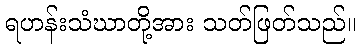
ရဟန်းသံဃာတို့အား သတ်ဖြတ်သည်။